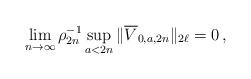
LaTeX: \begin{align*}\lim_{n \to \infty} \rho_{2n}^{-1} \sup_{a < 2n} \| \overline{V}_{0,a,2n} \|_{2\ell} = 0 \,,\end{align*}